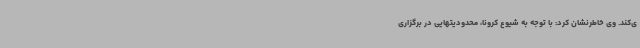
ی‌کند. وی خاطرنشان کرد: با توجه به شیوع کرونا، محدودیتهایی در برگزاری